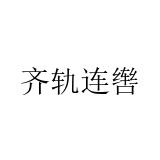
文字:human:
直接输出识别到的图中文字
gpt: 齐轨连辔